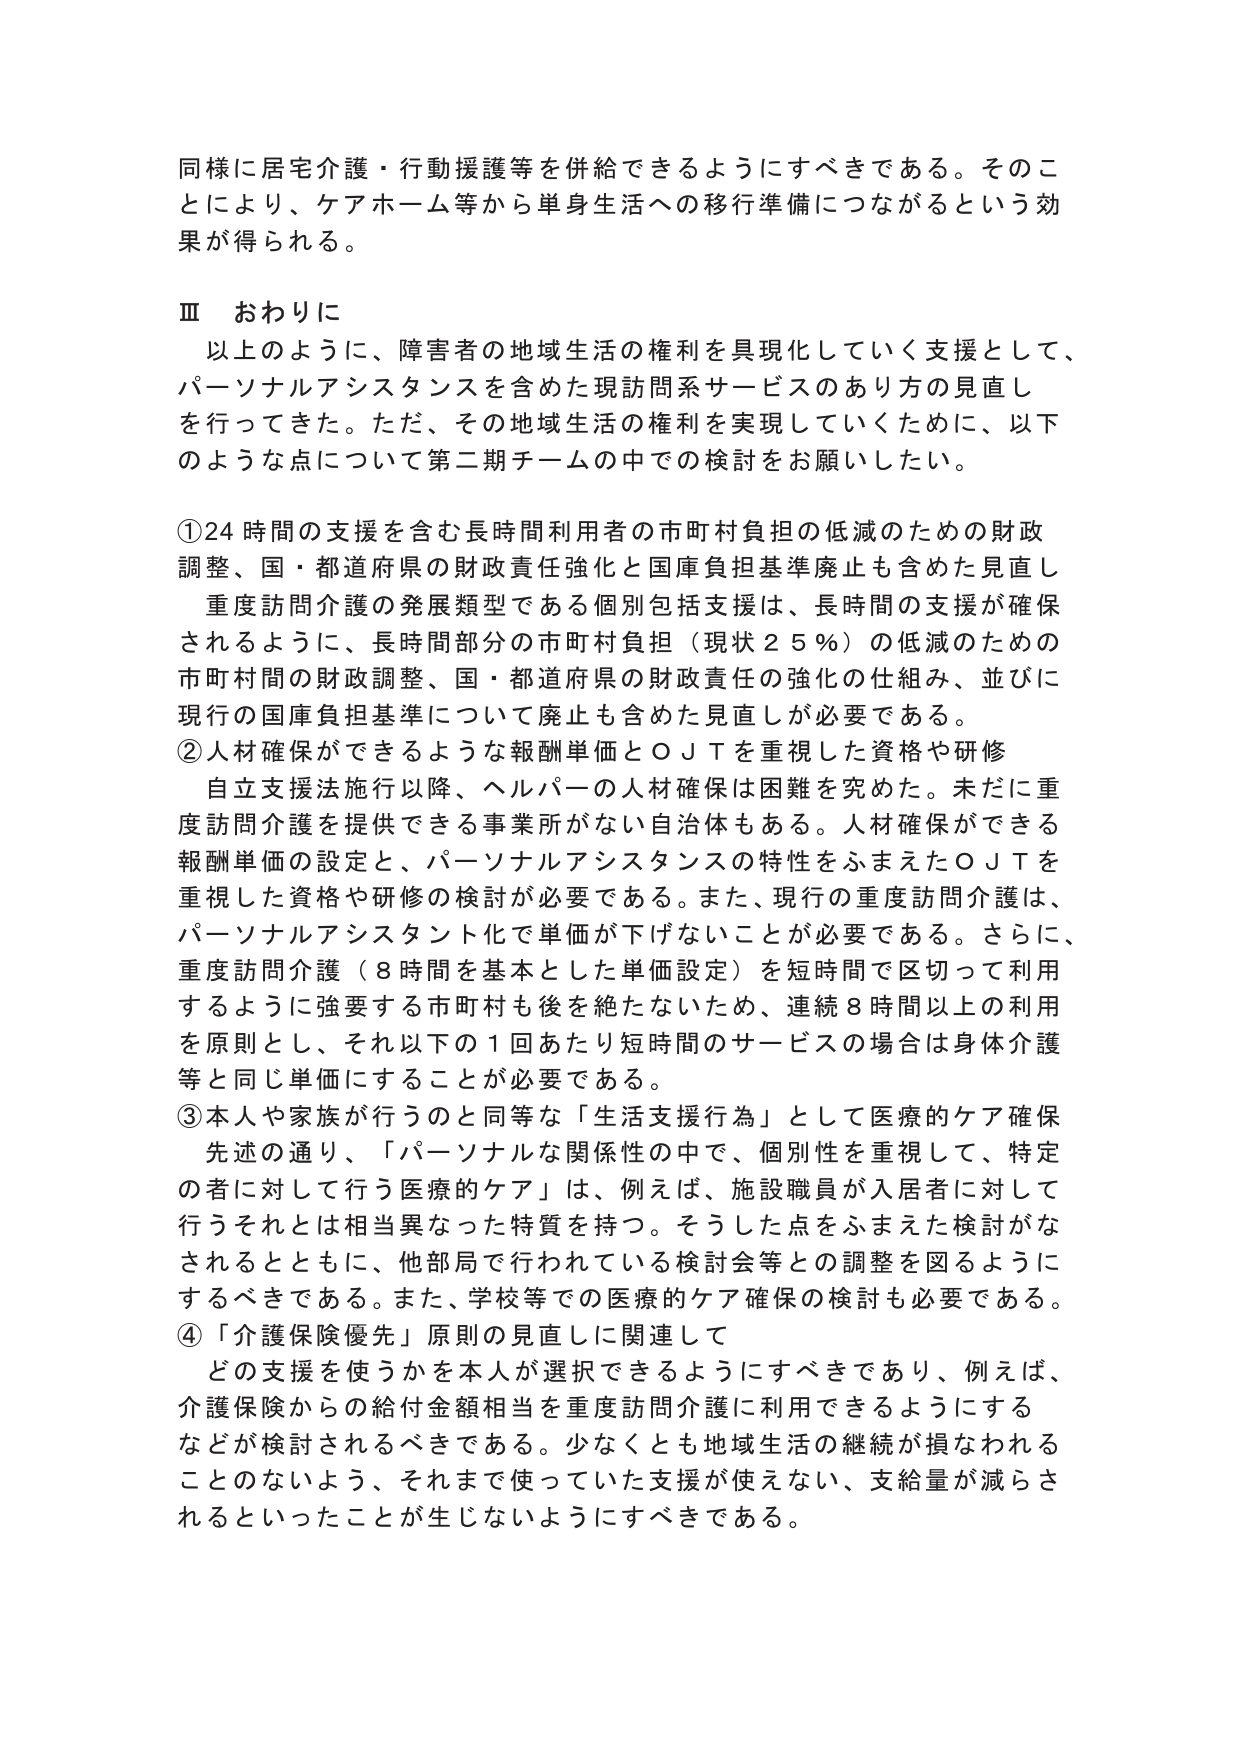
同様に居宅介護・行動援護等を併給できるようにすべきである。そのことにより、ケアホーム等から単身生活への移行準備につながるという効果が得られる。

Ⅲ　おわりに
　以上のように、障害者の地域生活の権利を具現化していく支援として、パーソナルアシスタンスを含めた現訪問系サービスのあり方の見直しを行ってきた。ただ、その地域生活の権利を実現していくために、以下のような点について第二期チームの中での検討をお願いしたい。

①24時間の支援を含む長時間利用者の市町村負担の低減のための財政調整、国・都道府県の財政責任強化と国庫負担基準廃止も含めた見直し
　重度訪問介護の発展類型である個別包括支援は、長時間の支援が確保されるように、長時間部分の市町村負担（現状25％）の低減のための市町村間の財政調整、国・都道府県の財政責任の強化の仕組み、並びに現行の国庫負担基準について廃止も含めた見直しが必要である。

②人材確保ができるような報酬単価とＯＪＴを重視した資格や研修
　自立支援法施行以降、ヘルパーの人材確保は困難を究めた。未だに重度訪問介護を提供できる事業所がない自治体もある。人材確保ができる報酬単価の設定と、パーソナルアシスタンスの特性をふまえたＯＪＴを重視した資格や研修の検討が必要である。また、現行の重度訪問介護は、パーソナルアシスタント化で単価が下げないことが必要である。さらに、重度訪問介護（8時間を基本とした単価設定）を短時間で区切って利用するように強要する市町村も後を絶たないため、連続8時間以上の利用を原則とし、それ以下の1回あたり短時間のサービスの場合は身体介護等と同じ単価にすることが必要である。

③本人や家族が行うのと同等な「生活支援行為」として医療的ケア確保
　先述の通り、「パーソナルな関係性の中で、個別性を重視して、特定の者に対して行う医療的ケア」は、例えば、施設職員が入居者に対して行うそれとは相当異なった特質を持つ。そうした点をふまえた検討がなされるとともに、他部局で行われている検討会等との調整を図るようにするべきである。また、学校等での医療的ケア確保の検討も必要である。

④「介護保険優先」原則の見直しに関連して
　どの支援を使うかを本人が選択できるようにすべきであり、例えば、介護保険からの給付金額相当を重度訪問介護に利用できるようにするなどが検討されるべきである。少なくとも地域生活の継続が損なわれることのないよう、それまで使っていた支援が使えない、支給量が減らされるといったことが生じないようにすべきである。